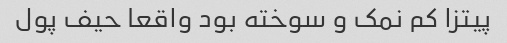
پیتزا کم نمک و سوخته بود واقعا حیف پول